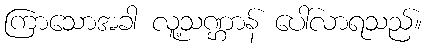
ကြာသောအခါ လူ့သဏ္ဌာန် ပေါ်လာရသည်။